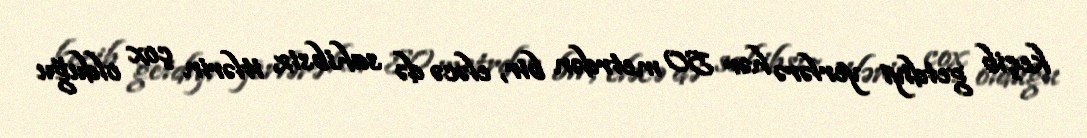
keçib getdiyi yerlərə hər 50 metrdən bir, eləcə də sahibsiz itlərin çox olduğu